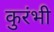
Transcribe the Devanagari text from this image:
कुरंभी